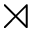
\rtimes